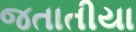
જતાતીયા